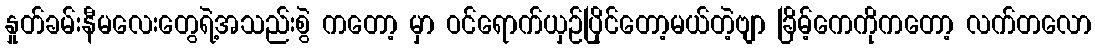
နှုတ်ခမ်းနီမလေးတွေရဲ့အသည်းစွဲ ကတော့ မှာ ဝင်ရောက်ယှဉ်ပြိုင်တော့မယ်တဲ့ဗျာ ခြိမ့်ကေကိုကတော့ လက်တလော